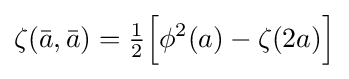
\zeta ({\bar {a}},{\bar {a}})={\tfrac {1}{2}}{\Big [}\phi ^{2}(a)-\zeta (2a){\Big ]}